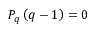
P _ { q } \left( q - 1 \right) = 0